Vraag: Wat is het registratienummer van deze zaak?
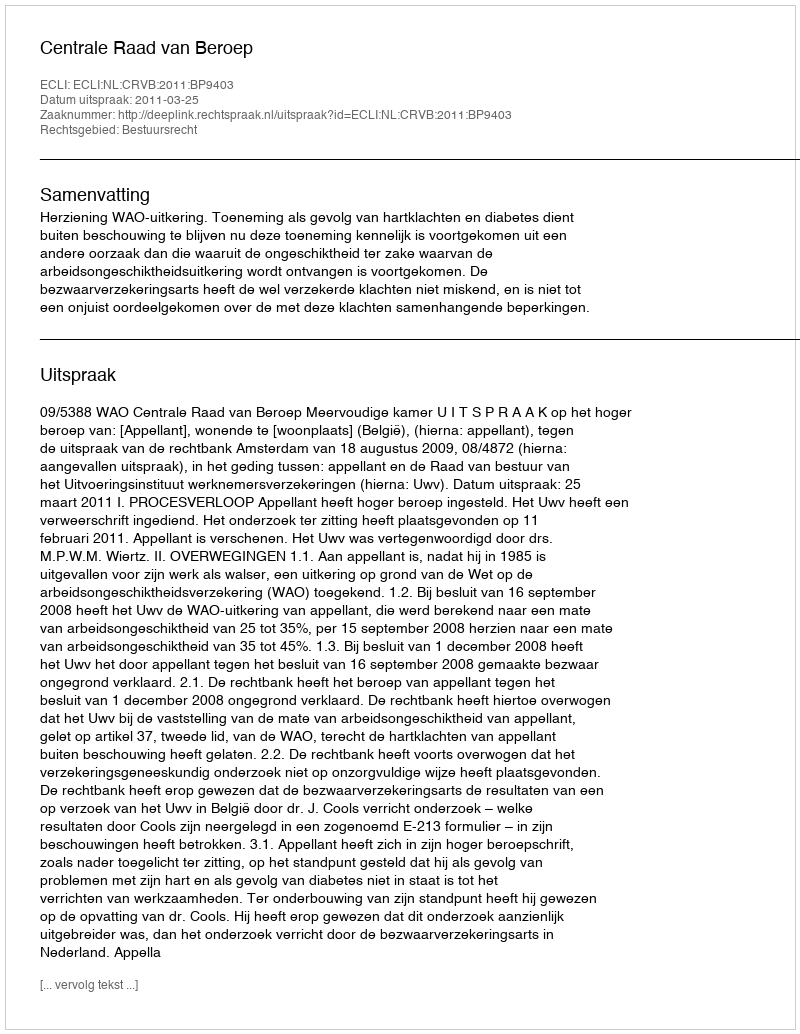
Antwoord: http://deeplink.rechtspraak.nl/uitspraak?id=ECLI:NL:CRVB:2011:BP9403